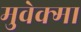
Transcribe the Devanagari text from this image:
मुवेक्मा